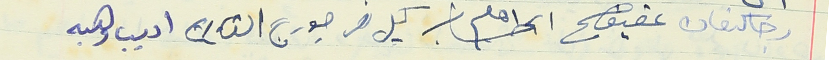
رجا كنعان عفيف ابراهيم كميل نصر جورج القارح اديب وهبه